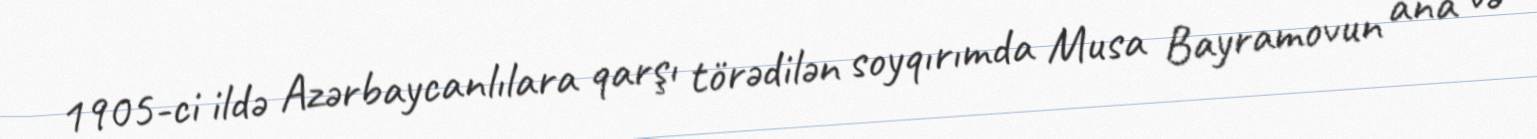
1905-ci ildə Azərbaycanlılara qarşı törədilən soyqırımda Musa Bayramovun ana və